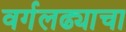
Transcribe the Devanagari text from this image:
वर्गलढ्याचा